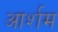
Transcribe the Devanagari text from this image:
आर्शम